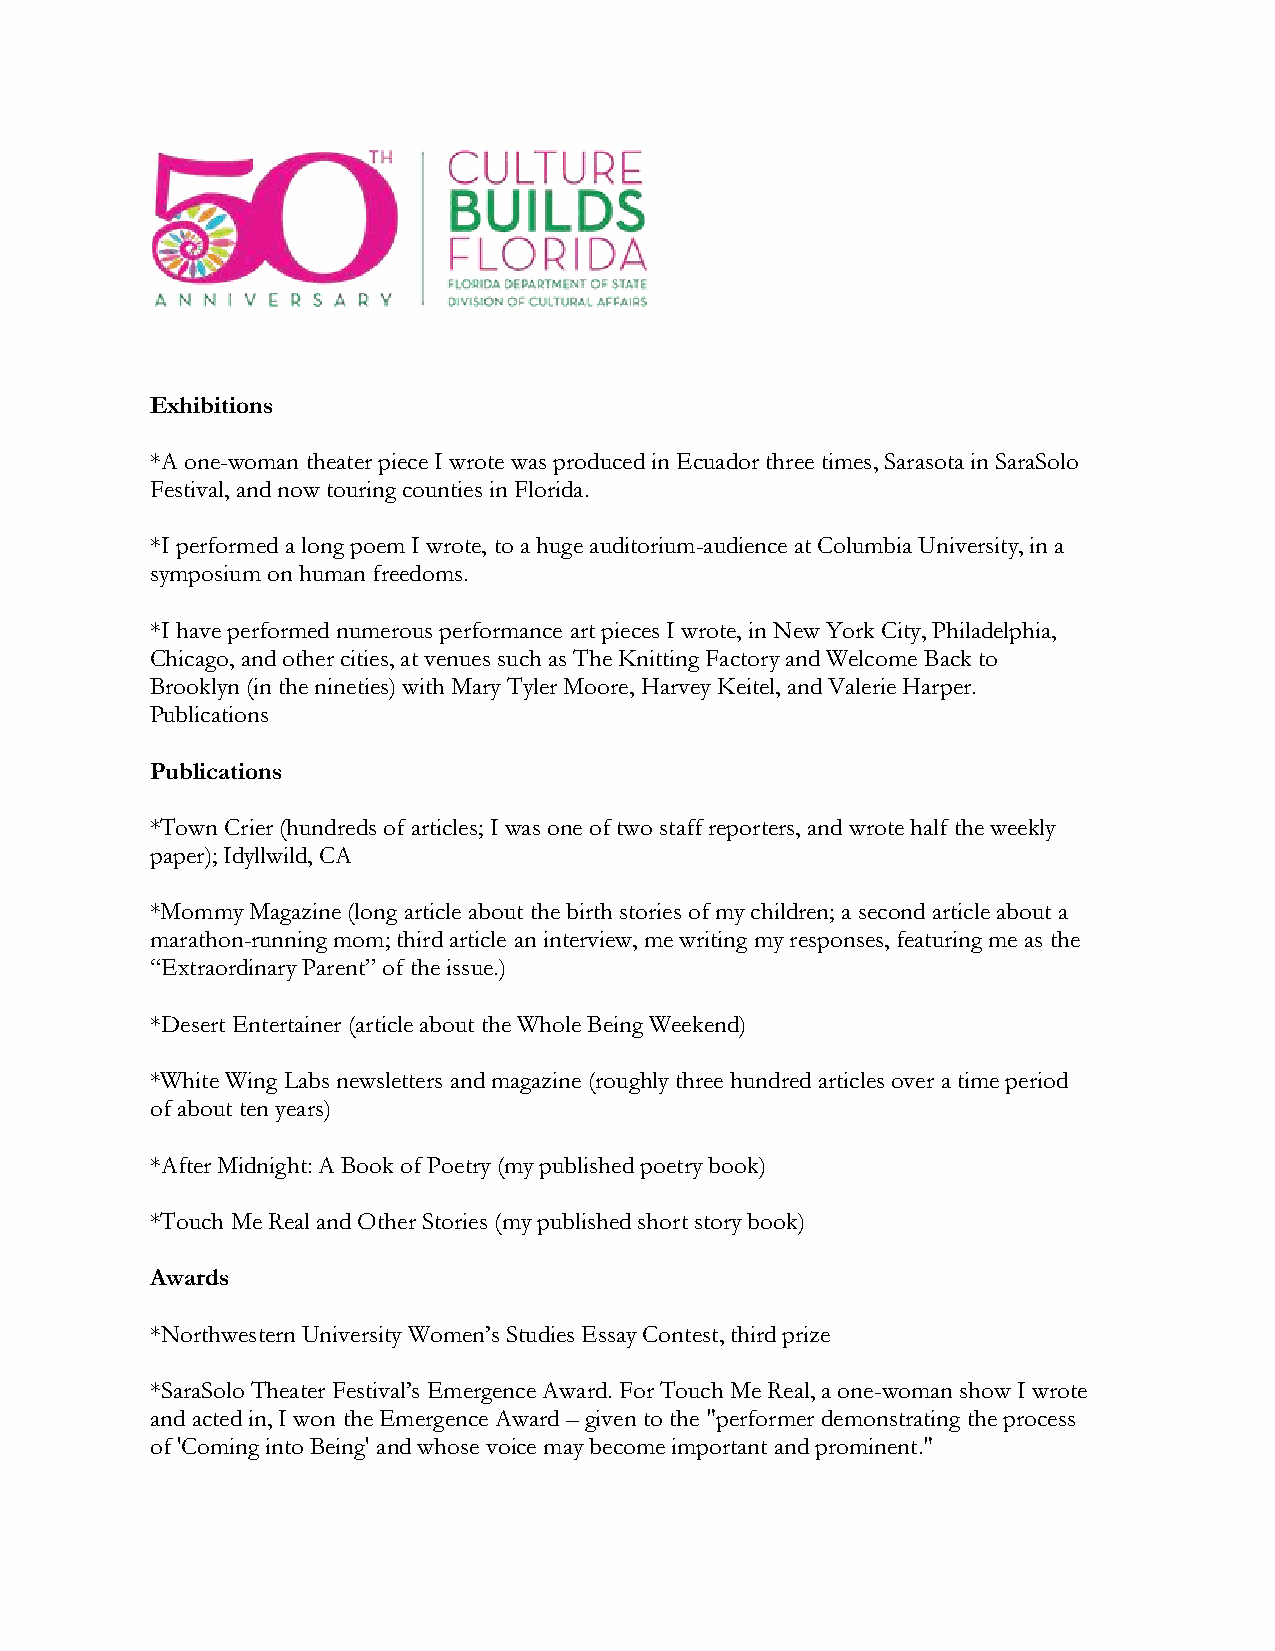
Exhibitions
 *A one-woman theater piece I wrote was produced in Ecuador three times, Sarasota in SaraSolo
 Festival, and now touring counties in Florida.
 *I performed a long poem I wrote, to a huge auditorium-audience at Columbia University, in a
 symposium on human freedoms.
 *I have performed numerous performance art pieces I wrote, in New York City, Philadelphia,
 Chicago, and other cities, at venues such as The Knitting Factory and Welcome Back to
 Brooklyn (in the nineties) with Mary Tyler Moore, Harvey Keitel, and Valerie Harper.
 Publications
 Publications
 *Town Crier (hundreds of articles; I was one of two staff reporters, and wrote half the weekly
 paper); Idyllwild, CA
 *Mommy Magazine (long article about the birth stories of my children; a second article about a
 marathon-running mom; third article an interview, me writing my responses, featuring me as the
 “Extraordinary Parent” of the issue.)
 *Desert Entertainer (article about the Whole Being Weekend)
 *White Wing Labs newsletters and magazine (roughly three hundred articles over a time period
 of about ten years)
 *After Midnight: A Book of Poetry (my published poetry book)
 *Touch Me Real and Other Stories (my published short story book)
 Awards
 *Northwestern University Women’s Studies Essay Contest, third prize
 *SaraSolo Theater Festival’s Emergence Award. For Touch Me Real, a one-woman show I wrote
 and acted in, I won the Emergence Award – given to the "performer demonstrating the process
 of 'Coming into Being' and whose voice may become important and prominent."